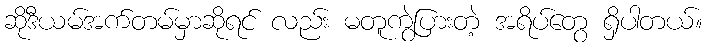
ဆိုဒီယမ်အက်တမ်မှာဆိုရင် လည်း မတူကွဲပြားတဲ့ အရိပ်တွေ ရှိပါတယ်။